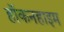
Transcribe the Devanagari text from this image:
हॉकनहाइम